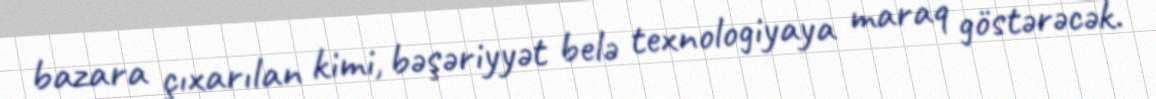
bazara çıxarılan kimi, bəşəriyyət belə texnologiyaya maraq göstərəcək.